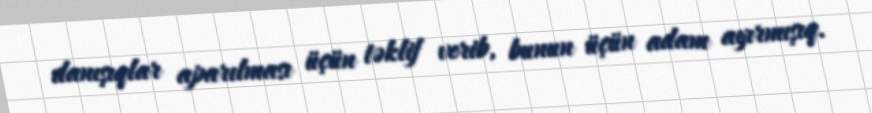
danışıqlar aparılması üçün təklif verib, bunun üçün adam ayırmışıq.